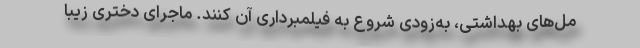
مل‌های بهداشتی، به‌زودی شروع به فیلمبرداری آن کنند. ماجرای دختری زیبا